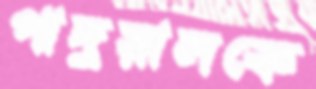
পাদুয়ালকে